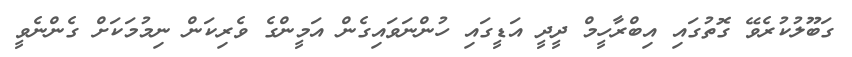
ގަބޫލުކުރެވޭ ގޮތުގައި އިބްރާހީމް ދީދީ އަޑީގައި ހުންނަވައިގެން އަމީންގެ ވެރިކަން ނިމުމަކަށް ގެންނެވީ